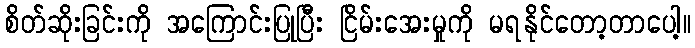
စိတ်ဆိုးခြင်းကို အကြောင်းပြုပြီး ငြိမ်းအေးမှုကို မရနိုင်တော့တာပေါ့။